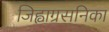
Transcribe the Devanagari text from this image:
जिह्वाग्रसनिका